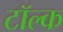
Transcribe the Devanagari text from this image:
टॉल्क